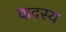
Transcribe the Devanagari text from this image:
वादस्य